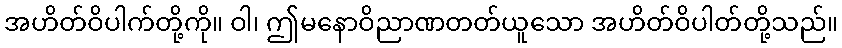
အဟိတ်ဝိပါက်တို့ကို။ ဝါ၊ ဤမနောဝိညာဏတတ်ယူသော အဟိတ်ဝိပါတ်တို့သည်။